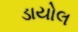
ડાયોલ